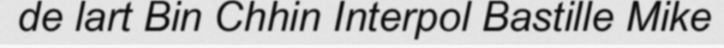
de lart Bin Chhin Interpol Bastille Mike